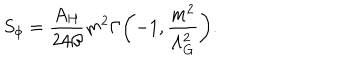
S _ { \phi } = \frac { A _ { H } } { 2 4 \beta } m ^ { 2 } \Gamma \biggl ( - 1 , \frac { m ^ { 2 } } { \Lambda _ { G } ^ { 2 } } \biggr ) .